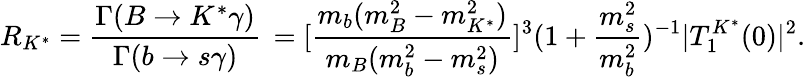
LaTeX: R_{K^{*}}=\frac{{\Gamma(B\to K^{*}\gamma)}}{{\Gamma(b\to s\gamma)}}\, =[\frac{m_{b}(m_{B}^{2}-m_{K^{*}}^{2})}{m_{B}(m_{b}^{2}-m_{s}^{2})}]^{3}(1+\frac{m_{s}^{2}}{m_{b}^{2}})^{-1}|T_{1}^{K^{*}}(0)|^{2}.